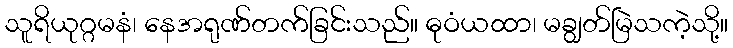
သူရိယုဂ္ဂမနံ၊ နေအရုဏ်တက်ခြင်းသည်။ ဓုဝံယထာ၊ မချွတ်မြဲသကဲ့သို့။